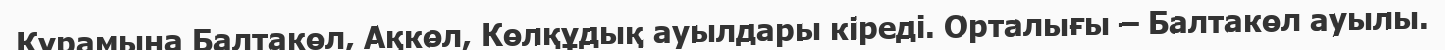
Құрамына Балтакөл, Ақкөл, Көлқұдық ауылдары кіреді. Орталығы – Балтакөл ауылы.